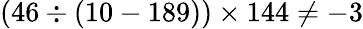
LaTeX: (46\div(10-189))\times 144\neq-3